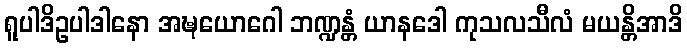
ရူပါဒိဥပါဒါနော အဍ္ဎယောဂေါ ဘဏ္ဍန္တံ ယာနဒေါ ကုသလသီလံ မယန္တိအာဒိ